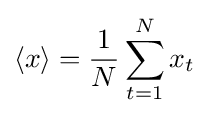
\langle x\rangle ={\frac {1}{N}}\sum _{t=1}^{N}x_{t}